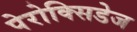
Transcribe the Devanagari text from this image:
पेरोक्सिडेज